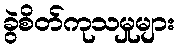
ခွဲစိတ်ကုသမှုများ